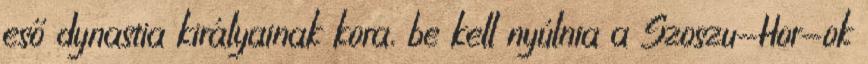
eső dynastia királyainak kora, be kell nyúlnia a Szoszu-Hor-ok